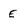
Character: E